Civil Veterinary Department. United Provinces 1923-31 - 1923-1931
Year: 1923
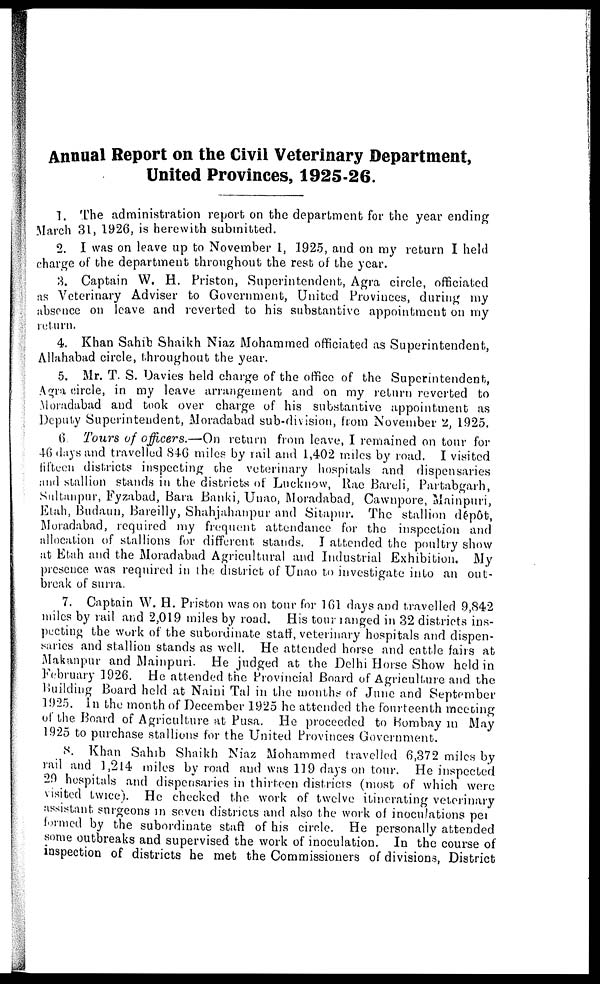
Annual Report on the Civil Veterinary Department,
United Provinces, 192S-26.
1. The administration report on the department for the year ending
March 31, 1926, is herewith submitted.
2. I was on leave up to November 1, 1925, and on my return I held
charge of the department throughout the rest of the year.
3. Captain W. H. Priston, Superintendent, Agra circle, officiated
as Veterinary Adviser to Government, United Provinces, during my
absence on leave and reverted to his substantive appointment on my
return.
4. Khan Sahib Shaikh Niaz Mohammed officiated as Superintendent,
Allahabad circle, throughout the year.
5. Mr. T. S. Davies held charge of the office of the Superintendent,
Agra circle, in my leave arrangement and on my return reverted to
Moradabad and took over charge of his substantive appointment as
Deputy Superintendent, Moradabad sub-division, from November 2, 1925.
6. Tours of officers.—On return from leave, I remained on tour for
46 days and travelled 846 miles by rail and 1,402 miles by road. I visited
fifteen districts inspecting the veterinary hospitals and dispensaries
and stallion stands in the districts of Lucknow, Rae Bareli, Partabgarh,
Sultanpur, Fyzabad, Bara Banki, Unao, Moradabad, Cawnpore, Mainpuri,
Etah, Budaun, Bareilly, Shahjahanpur and Sitapur. The stallion dépôt,
Moradabad, required my frequent attendance for the inspection and
allocation of stallions for different stands. I attended the poultry show
at Etah and the Moradabad Agricultural and Industrial Exhibition. My
presence was required in the district of Unao to investigate into an out-
break of surra.
7. Captain W. H. Priston was on tour for 161 days and travelled 9,842
miles by rail and 2,019 miles by road. His tour ranged in 32 districts ins-
pecting the work of the subordinate staff, veterinary hospitals and dispen-
saries and stallion stands as well. He attended horse and cattle fairs at
Makanpur and Mainpuri. He judged at the Delhi Horse Show held in
February 1926. He attended the Provincial Board of Agriculture and the
Building Board held at Naini Tal in the months of June and September
1925. In the month of December 1925 he attended the fourteenth meeting
of the Board of Agriculture at Pusa. He proceeded to Bombay in May
1925 to purchase stallions for the United Provinces Government.
8. Khan Sahib Shaikh Niaz Mohammed travelled 6,372 miles by
rail and 1,214 miles by road and was 119 days on tour. He inspected
29 hospitals and dispensaries in thirteen districts (most of which were
visited twice). He checked the work of twelve itinerating veterinary
assistant, surgeons in seven districts and also the work of inoculations per
formed by the subordinate staff of his circle. He personally attended
some outbreaks and supervised the work of inoculation. In the course of
inspection of districts he met the Commissioners of divisions, District